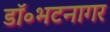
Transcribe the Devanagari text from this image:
डॉ॰भटनागर